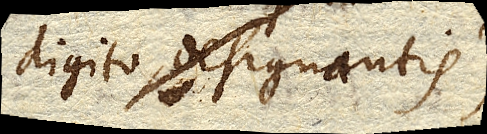
digito designantis)